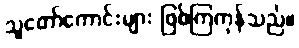
သူတော်ကောင်းများ ဖြစ်ကြကုန်သည်။